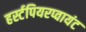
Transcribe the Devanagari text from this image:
हर्स्टपियरप्वायंट